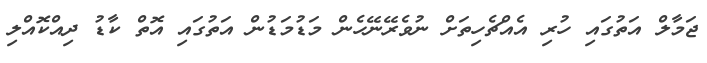
ޖަމާލް އަތުގައި ހުރި އެއްޗެހިތަށް ނުވެރޭނޭހެން މަޑުމަޑުން އަތުގައި އޮތް ކާޑު ދިއްކޮއްލި